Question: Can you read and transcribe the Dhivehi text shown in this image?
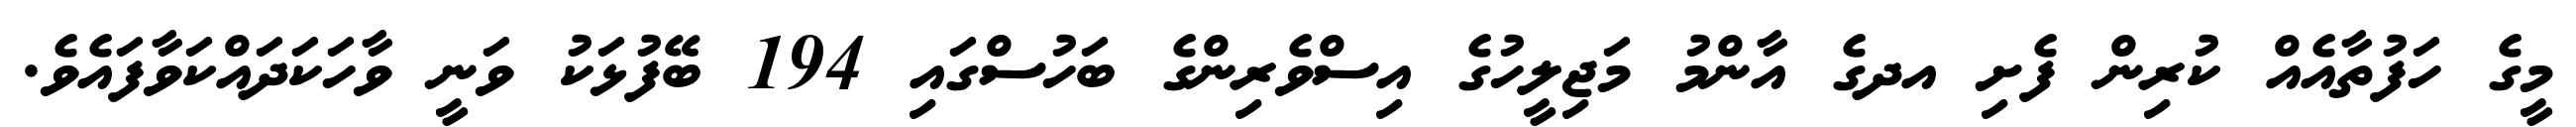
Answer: މީގެ ހަފުތާއެއް ކުރިން ފެށި އދގެ އާންމު މަޖިލީހުގެ އިސްވެރިންގެ ބަހުސްގައި 194 ބޭފުޅަކު ވަނީ ވާހަކަދައްކަވާފައެވެ.